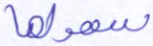
سهولها